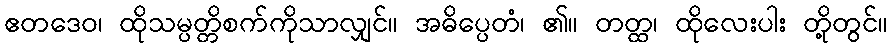
ဧတဒေဝ၊ ထိုသမ္ပတ္တိစက်ကိုသာလျှင်။ အဓိပ္ပေတံ၊ ၏။ တတ္ထ၊ ထိုလေးပါး တို့တွင်။